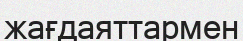
жағдаяттармен